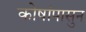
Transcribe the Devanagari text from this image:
कोषांपासुन